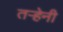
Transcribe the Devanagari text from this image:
तऱ्हेनी